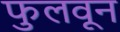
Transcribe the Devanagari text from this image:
फुलवून